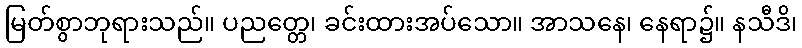
မြတ်စွာဘုရားသည်။ ပညတ္တေ၊ ခင်းထားအပ်သော။ အာသနေ၊ နေရာ၌။ နသီဒိ၊